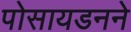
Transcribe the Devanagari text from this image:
पोसायडनने